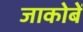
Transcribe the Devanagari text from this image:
जाकोबें